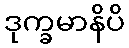
ဒုက္ခမာနိပိ